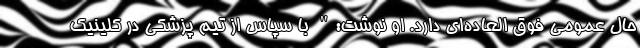
حال عمومی فوق العاده‌ای دارد. او نوشت:" با سپاس از تیم پزشکی در کلینیک